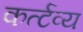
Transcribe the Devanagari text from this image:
कर्त्टव्य